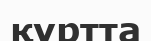
құртта